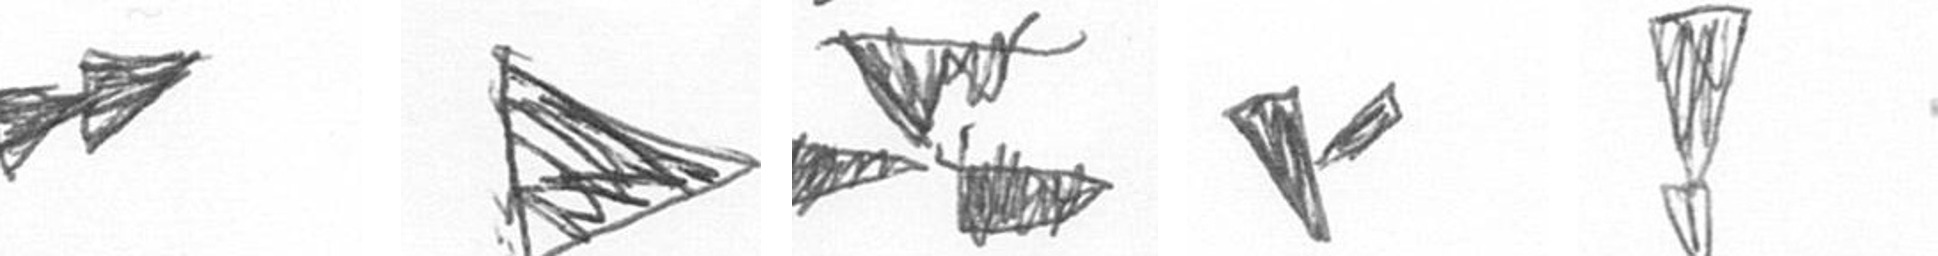
A T B F Z